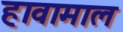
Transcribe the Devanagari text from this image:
हावामाल